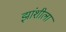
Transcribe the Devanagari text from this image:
झांशीला